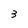
Character: 3